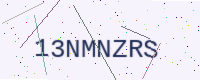
Text: 13NMNZRS